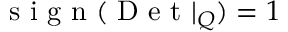
\mathrm { ~ s ~ i ~ g ~ n ~ } ( \mathrm { ~ D ~ e ~ t ~ } | _ { Q } ) = 1